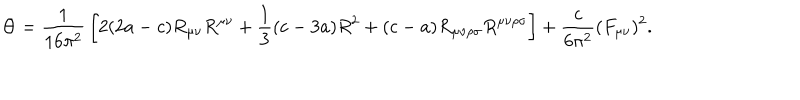
\Theta = { \frac { 1 } { 1 6 \pi ^ { 2 } } } \left[ 2 ( 2 a - c ) R _ { \mu \nu } R ^ { \mu \nu } + { \frac { 1 } { 3 } } ( c - 3 a ) R ^ { 2 } + ( c - a ) R _ { \mu \nu \rho \sigma } R ^ { \mu \nu \rho \sigma } \right] + { \frac { c } { 6 \pi ^ { 2 } } } ( F _ { \mu \nu } ) ^ { 2 } .